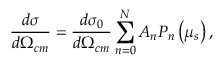
\frac { d \sigma } { d \Omega _ { c m } } = \frac { d \sigma _ { 0 } } { d \Omega _ { c m } } \sum _ { n = 0 } ^ { N } A _ { n } P _ { n } \left( \mu _ { s } \right) ,